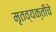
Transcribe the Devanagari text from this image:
मृतव्यक्तीचे